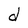
Character: d